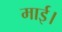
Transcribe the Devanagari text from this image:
माई।